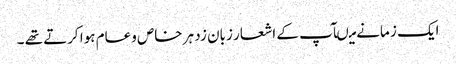
ایک ز مانے میںآپ کے اشعار زبان زد ہر خاص وعام ہوا کرتے تھے ۔